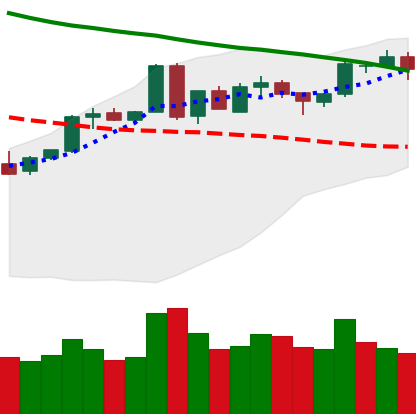
Ticker: BTC-USD
Chart end date: 2018-05-06
Forward return: -12.567%
Label: down_7plus